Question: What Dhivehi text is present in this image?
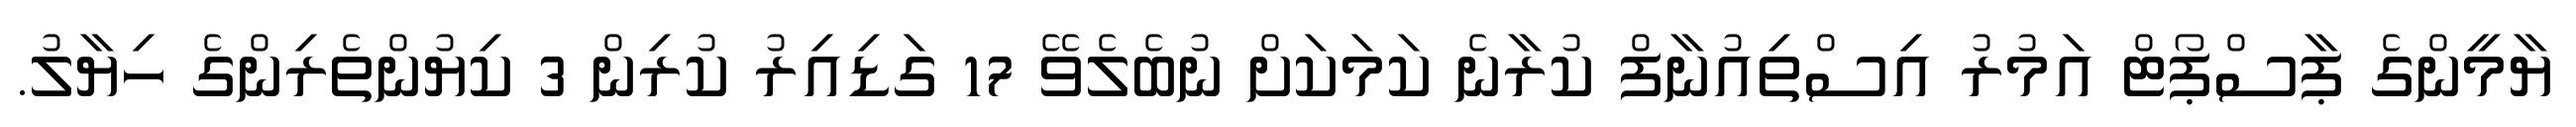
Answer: ޔާމީންގެ ޕާސްޕޯޓް އަމުރު އިސްތިއުނާފް ކުރާނެ ކަމަކަށް ނުބެލެވޭ 17 ގަޑިއިރު ކުރިން 3 ކިޔުންތެރިންގެ ހިޔާލު.